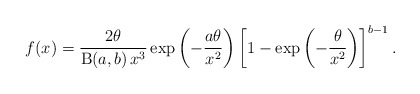
\begin{align*}f(x)=\frac{2\theta}{\operatorname{B}(a,b)\,x^3}\exp\left(-\frac{a\theta}{x^2}\right)\left[1-\exp\left(-\frac{\theta}{x^2}\right)\right]^{b-1}.\end{align*}